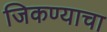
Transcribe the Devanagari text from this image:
जिकण्याचा